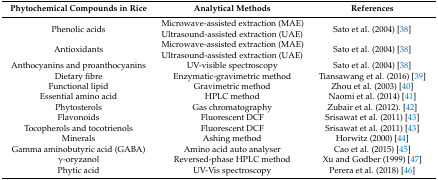
| Phytochemical Compounds in Rice | Analytical Methods | References |
 | --- | --- | --- |
 | Phenolic acids | Microwave-assisted extraction (MAE)Ultrasound-assisted extraction (UAE) | Sato et al. (2004) [38] |
 | Antioxidants | Microwave-assisted extraction (MAE)Ultrasound-assisted extraction (UAE) | Sato et al. (2004) [38] |
 | Anthocyanins and proanthocyanins | UV-visible spectroscopy | Sato et al. (2004) [38] |
 | Dietary fibre | Enzymatic-gravimetric method | Tiansawang et al. (2016) [39] |
 | Functional lipid | Gravimetric method | Zhou et al. (2003) [40] |
 | Essential amino acid | HPLC method | Naomi et al. (2014) [41] |
 | Phytosterols | Gas chromatography | Zubair et al. (2012). [42] |
 | Flavonoids | Fluorescent DCF | Srisawat et al. (2011) [43] |
 | Tocopherols and tocotrienols | Fluorescent DCF | Srisawat et al. (2011) [43] |
 | Minerals | Ashing method | Horwitz (2000) [44] |
 | Gamma aminobutyric acid (GABA) | Amino acid auto analyser | Cao et al. (2015) [45] |
 | γ-oryzanol | Reversed-phase HPLC method | Xu and Godber (1999) [47] |
 | Phytic acid | UV-Vis spectroscopy | Perera et al. (2018) [46] |